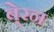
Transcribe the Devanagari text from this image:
बे्रन